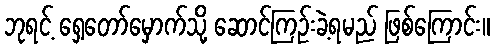
ဘုရင့် ရှေ့တော်မှောက်သို့ ဆောင်ကြဉ်းခဲ့ရမည် ဖြစ်ကြောင်း။